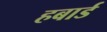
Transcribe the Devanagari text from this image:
हबार्ड